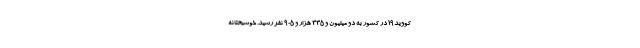
کووید۱۹ در کشور به دو میلیون و ۳۳۵ هزار و ۹۰۵ نفر رسید. خوشبختانه